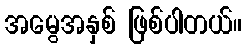
အမွေအနှစ် ဖြစ်ပါတယ်။